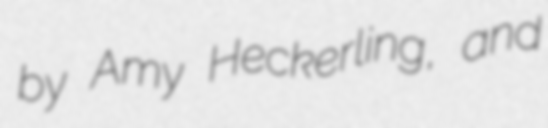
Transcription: by Amy Heckerling, and